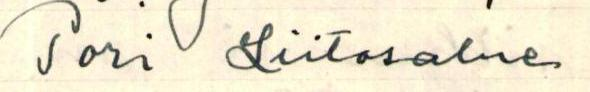
Pori Liitosalue